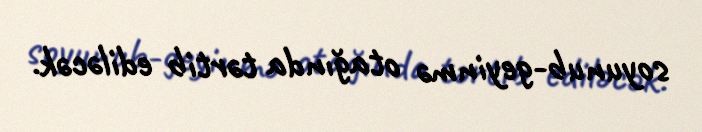
soyunub-geyinmə otağında tərtib ediləcək.